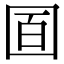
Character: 𡇚